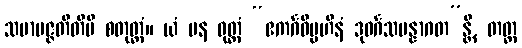
သမာပဇ္ဇတီတိပိ စတုတ္ထံ။ ယံ ပန ဝုတ္တံ “ဧကင်္ဂဝိပ္ပဟီနံ ဒုဝင်္ဂသမန္နာဂတ”န္တိ, တတ္ထ